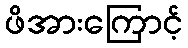
ဖိအားကြောင့်